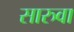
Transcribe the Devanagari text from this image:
सारुवा